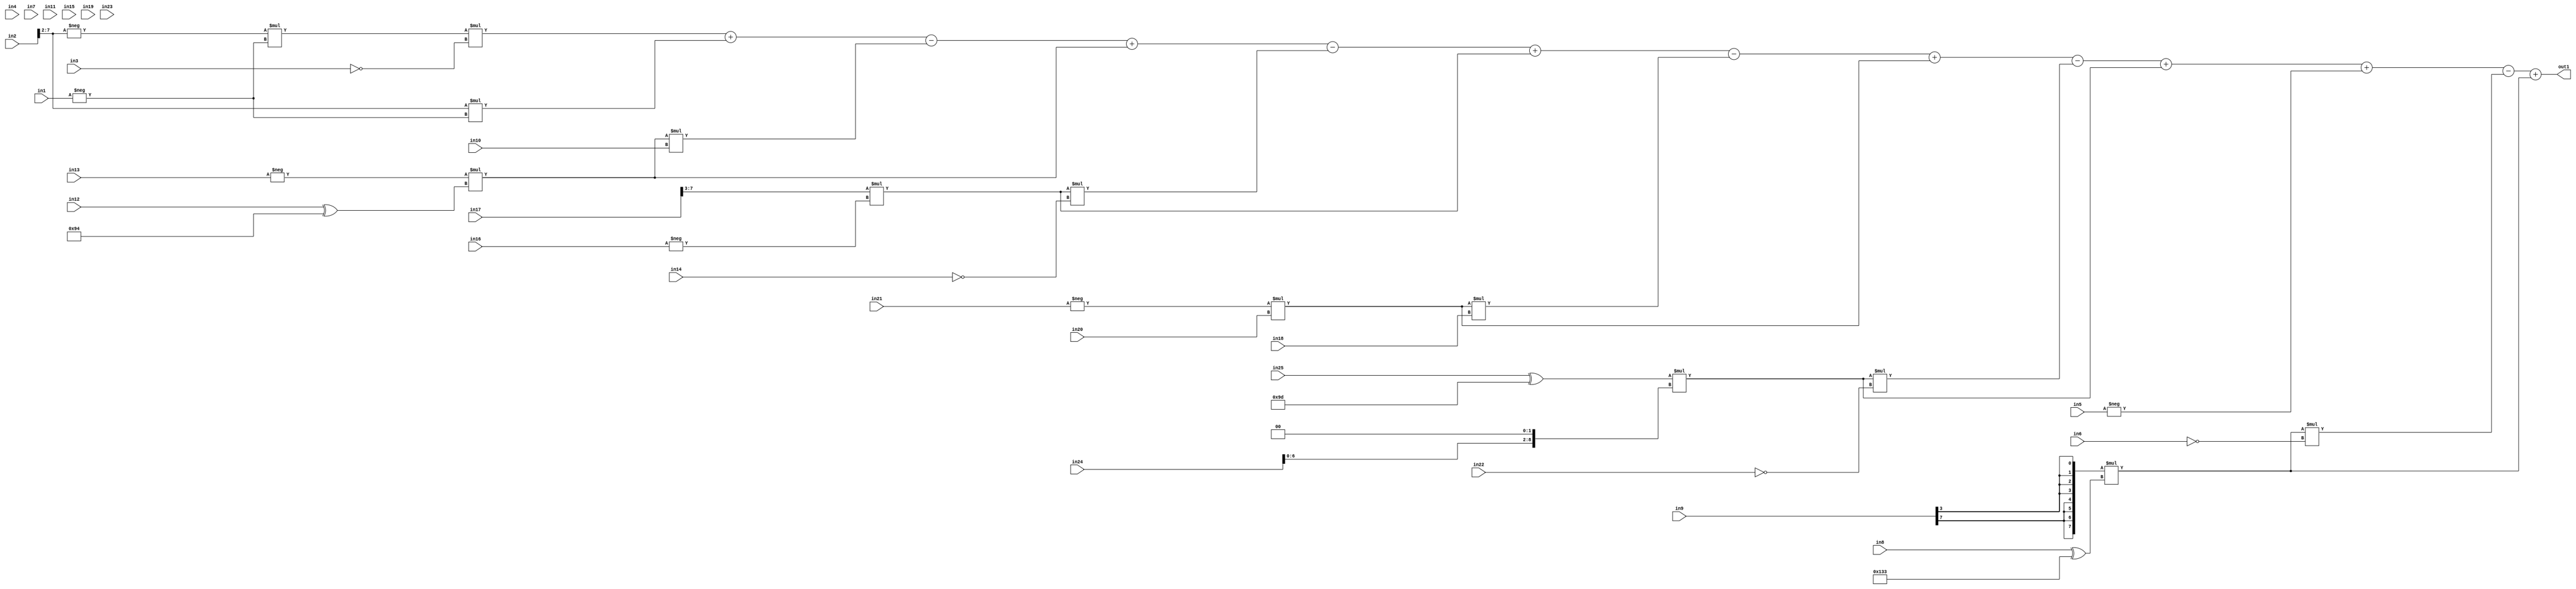
module top_word(in1, in2, in3, in4, in5, in6, in7, in8, in9, in10, in11, in12, in13, in14, in15, in16, in17, in18, in19, in20, in21, in22, in23, in24, in25, out1);
input [8:0] in1, in8, in12, in16, in20, in24;
input [7:0] in2, in9, in13, in17, in21, in25;
input in3, in4, in6, in7, in10, in11, in14, in15, in18, in19, in22, in23;
input [6:0] in5;
output [16:0] out1;

wire [8:0] np3_in1 = -in1;
wire [7:0] np3_in2 = in2 >> 2;
wire       np3_in3 = ~in3;
wire       np3_in4 = in4;
wire [6:0] np3_in5 = -in5;
wire       np3_in6 = ~in6;
wire       np3_in7 = in7;
wire [8:0] np3_in8 = in8 ^ 9'b100110011;
wire [7:0] np3_in9 = {{4{in9[7]}}, {4{in9[3]}}};
wire       np3_in10 = in10;
wire       np3_in11 = in11;
wire [8:0] np3_in12 = in12 ^ 9'b010010100;
wire [7:0] np3_in13 = -in13;
wire       np3_in14 = ~in14;
wire       np3_in15 = in15;
wire [8:0] np3_in16 = -in16;
wire [7:0] np3_in17 = in17 >>> 3;
wire       np3_in18 = in18;
wire       np3_in19 = in19;
wire [8:0] np3_in20 = in20;
wire [7:0] np3_in21 = -in21;
wire       np3_in22 = ~in22;
wire       np3_in23 = in23 >> 3;
wire [8:0] np3_in24 = in24 << 2;
wire [7:0] np3_in25 = in25 ^ 8'b10011101;

assign out1 = - np3_in2 * np3_in1 * np3_in3 + np3_in2 * np3_in1 - np3_in13 * np3_in12 * np3_in10 + np3_in13 * np3_in12 - np3_in17 * np3_in16 * np3_in14 + np3_in17 * np3_in16 - np3_in21 * np3_in20 * np3_in18 + np3_in21 * np3_in20 - np3_in25 * np3_in24 * np3_in22 + np3_in25 * np3_in24 + np3_in5 - np3_in9 * np3_in8 * np3_in6 + np3_in9 * np3_in8;
endmodule